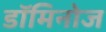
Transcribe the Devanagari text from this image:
डॉमिनोज